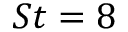
S t = 8